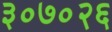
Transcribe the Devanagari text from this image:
३०७०२६